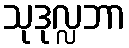
သုဒုလ္လဘာ